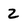
Character: Z